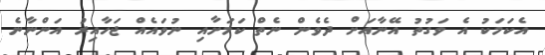
އެކަމަކު އެ ވަގުތު އޭނާއަށް ދެވެން ނެތް ކަމަށާއި ނުވައެއް ޖަހާއިރު އަންނާނެ